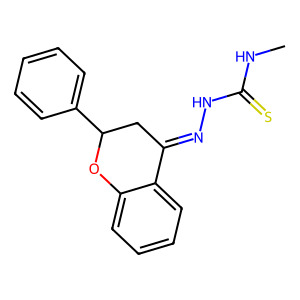
SMILES: CNC(=S)NN=C1CC(c2ccccc2)Oc2ccccc21
Inhibits HIV replication: No